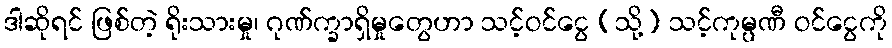
ဒါဆိုရင် ဖြစ်တဲ့ ရိုးသားမှု၊ ဂုဏ်က္ခာရှိမှုတွေဟာ သင့်ဝင်ငွေ (သို့) သင့်ကုမ္ပဏီ ဝင်ငွေကို